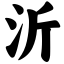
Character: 沂